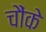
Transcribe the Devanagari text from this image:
चौंके